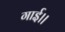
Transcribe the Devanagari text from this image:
गाई।।